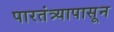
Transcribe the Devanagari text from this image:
पारतंत्र्यापासून